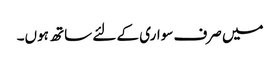
میں صرف سواری کے لئے ساتھ ہوں۔